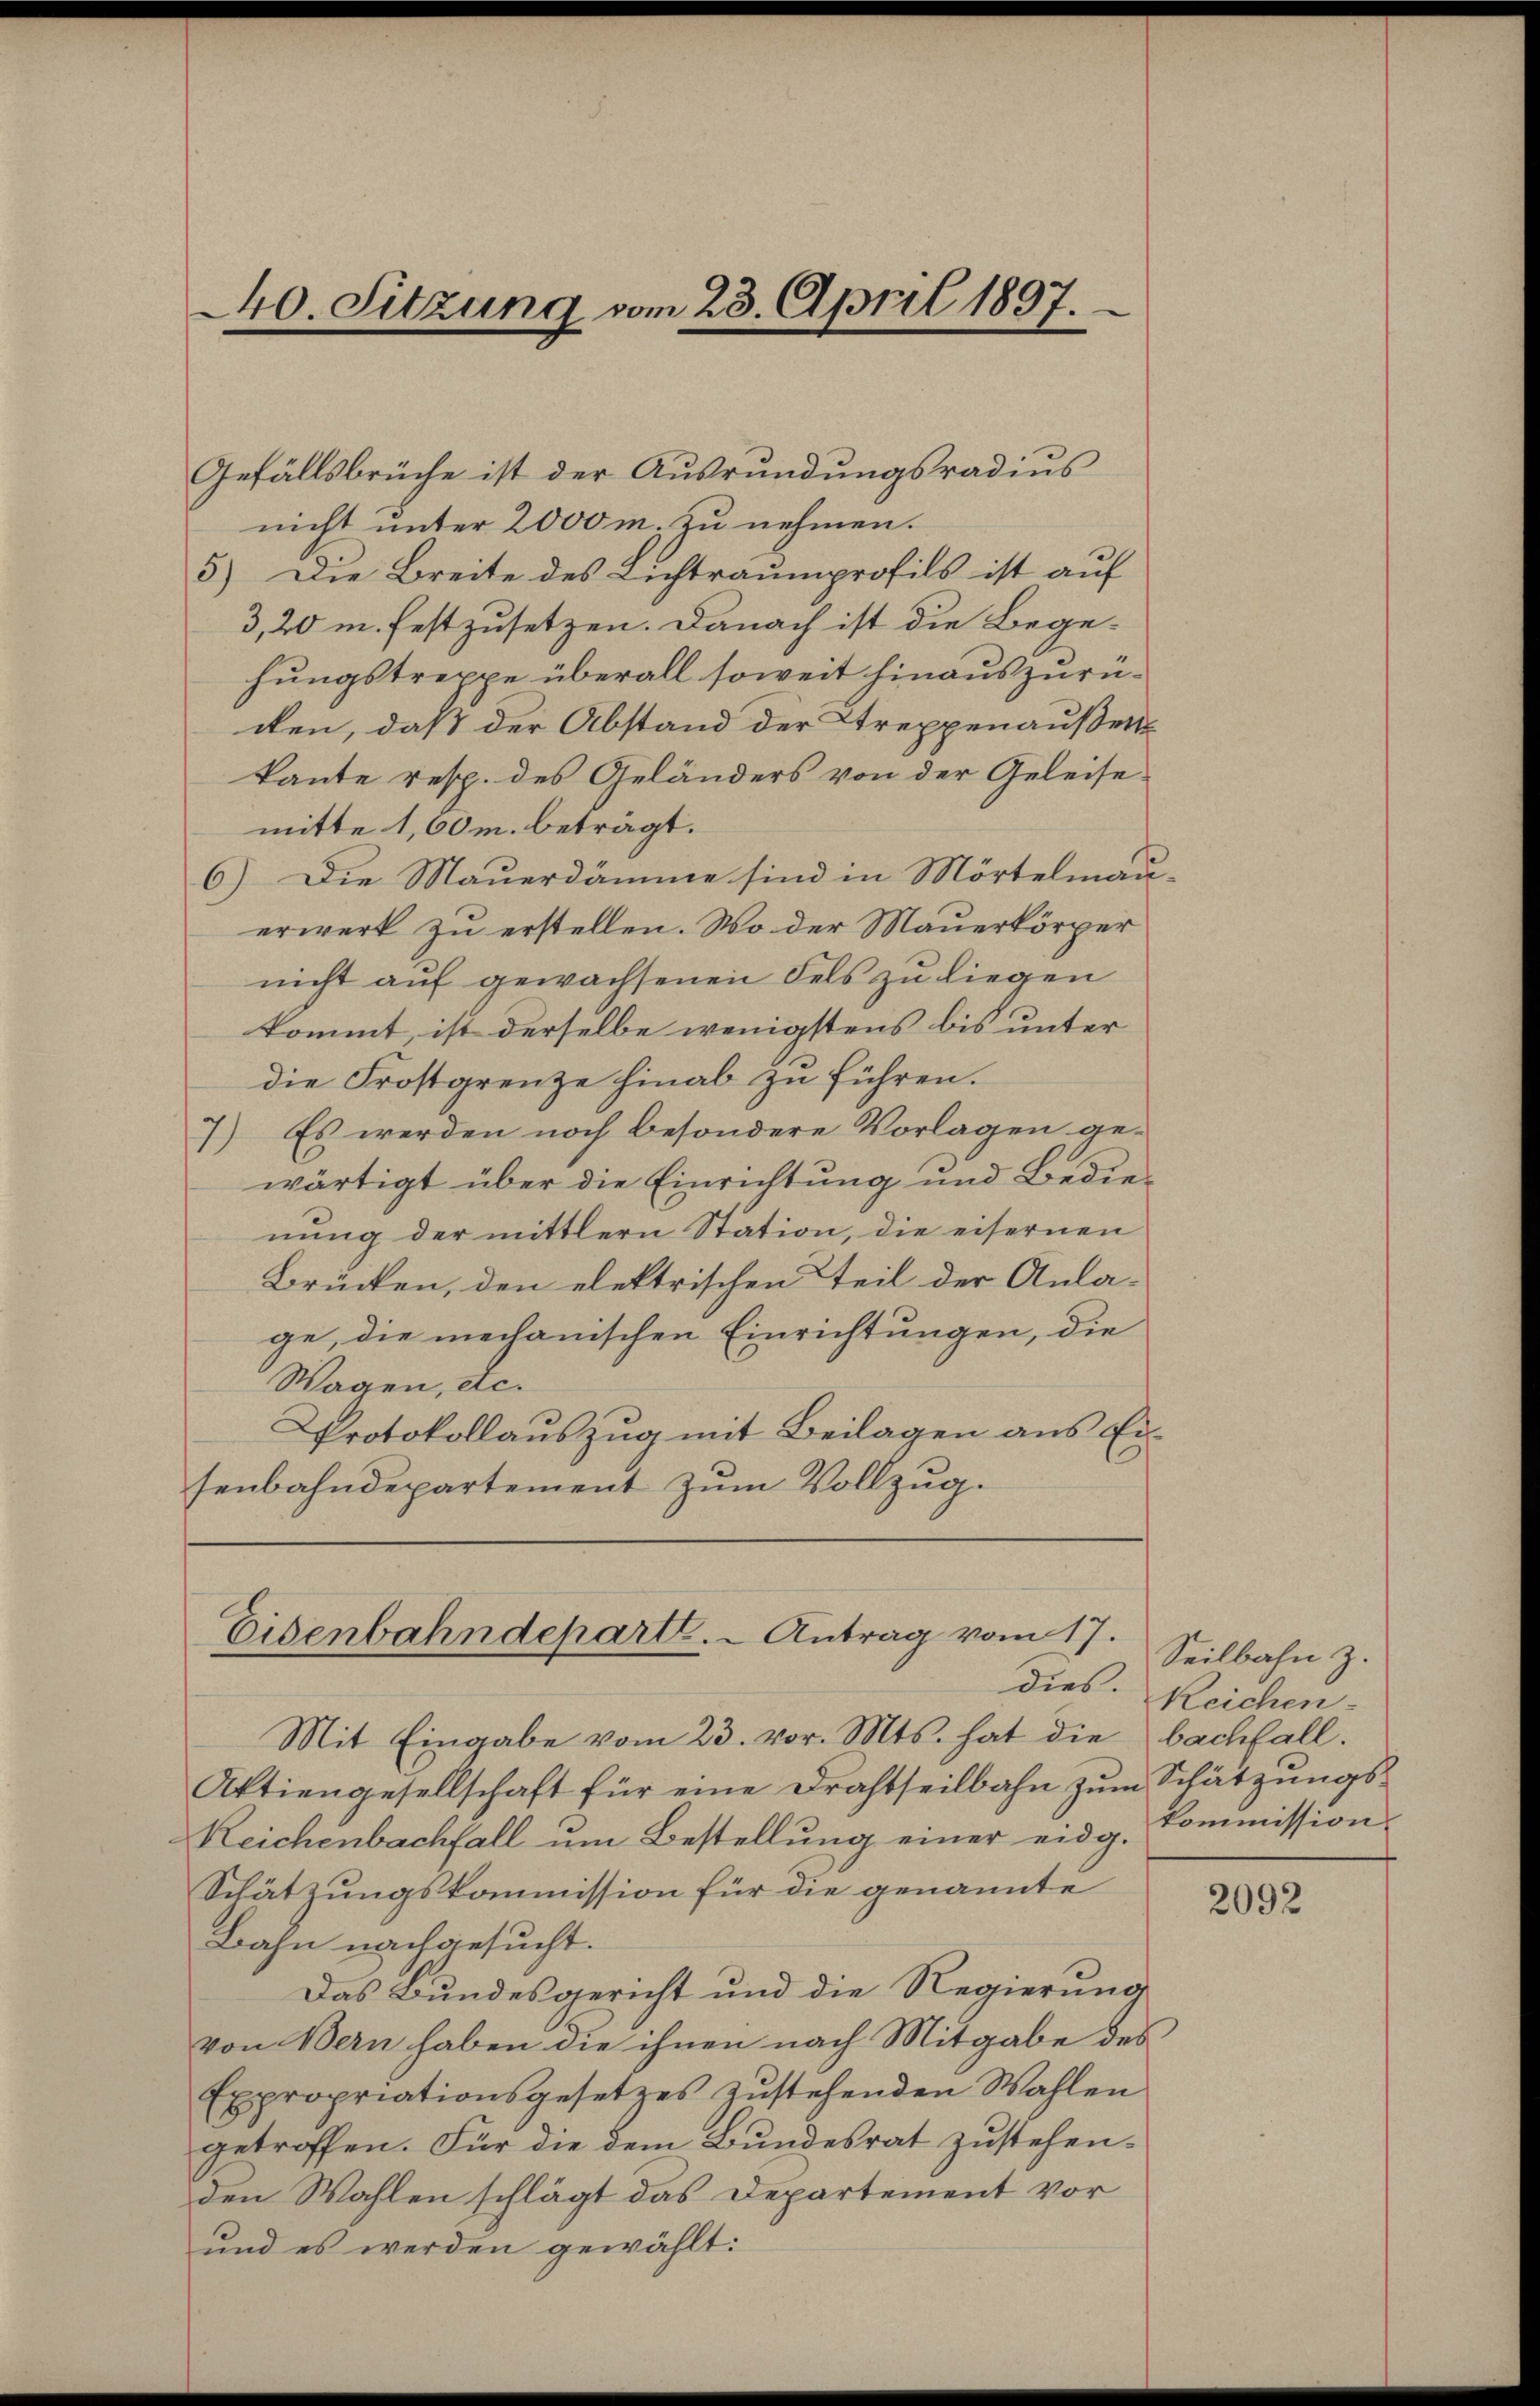
Gefällsbrüche ist der Ausrundungsradius
nicht unter 2000 m. zu nehmen.
5.) Die Breite des Lichtraumprofils ist auf
3,20 m. festzusetzen. Danach ist die Begehungstreppe überall soweit hinauszurücen, daß der Abstand der Treppenaußen
kante resp. des Geländers von der Geleisemitte 1,00m. beträgt.
6) Die Mauerdämme sind in Mörtelmau
erwerk zu erstellen. Wo der Mauerkörper
nicht auf gewachsenen Fels zu liegen
kommt, ist derselbe wenigstens bis unter
die Frostgrenze hinab zu führen.
7) Es werden noch besondere Vorlagen ge-
wärtigt über die Einrichtung und Bedienung der mittlern Station, die eisernen
Brücken, den elektrischen Teil der Anlage, die mechanischen Einrichtungen, die
Wagen, etc.
Protokollauszug mit Beilagen aus Eisenbahndepartement zum Vollzug.

40. Sitzung vom 23. April 1897.

Mit Eingabe vom 23. vor. Mts. hat die bachfall.
Aktiengesellschaft für eine Drahtheilbahn zum Schätzungs¬
Reichenbachfall um Bestellung einer eidg. Kommission.
Schätzungskommission für die genannte
Bahn nachgesucht.
Das Bundesgericht und die Regierung
von Bern haben die ihnen nach Mitgabe des
Expropriationsgesetzes zŭstehenden Wahlen
getroffen. Für die dem Bundesrat zustehenden Wahlen schlägt das Departement vor
und es werden gewählt:

Eisenbahndeparte. - Antrag vom 17.
dies.

.

Seilbahn z.
Reichen.

2092